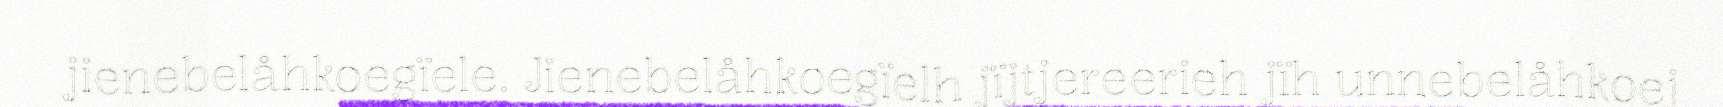
jienebelåhkoegïele. Jienebelåhkoegïelh jïjtjereerieh jïh unnebelåhkoej